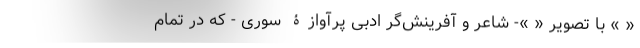
« » با تصویر « »- شاعر و آفرینش‌گر ادبی پرآوازۀ سوری - که در تمام